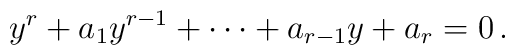
y^r + a_1 y^{r-1} + \cdots + a_{r-1}y + a_r =0\,.